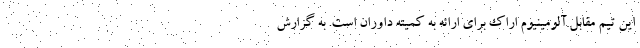
این تیم مقابل آلومینیوم اراک برای ارائه به کمیته داوران است. به گزارش